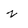
Character: z